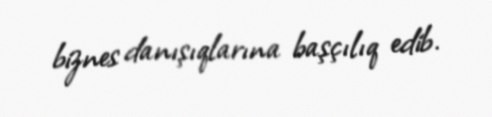
biznes danışıqlarına başçılıq edib.